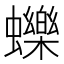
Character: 𧔉